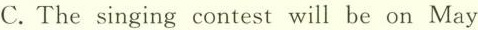
C.The singing contest will be on May